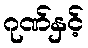
ဂုဏ်နှင့်